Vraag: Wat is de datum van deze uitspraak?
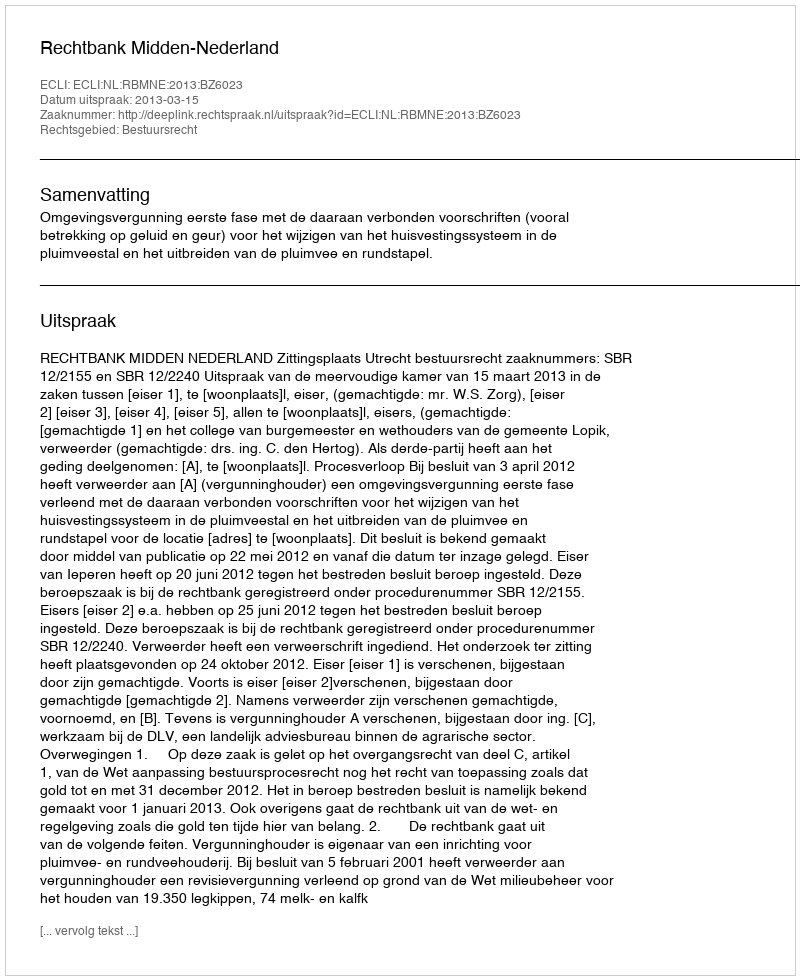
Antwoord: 2013-03-15